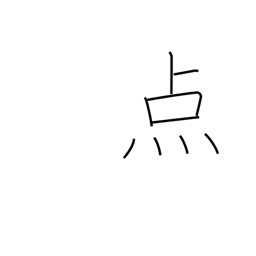
Meaning: spot